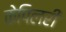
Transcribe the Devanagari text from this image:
केपिलरी